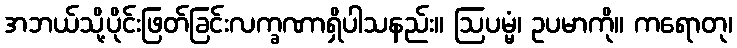
အဘယ်သို့ပိုင်းဖြတ်ခြင်းလက္ခဏာရှိပါသနည်း။ ဩပမ္မံ၊ ဥပမာကို။ ကရောတု၊